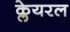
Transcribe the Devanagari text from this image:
क्लेयरल